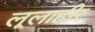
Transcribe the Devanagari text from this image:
लूलाहीर